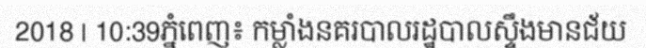
2018 | 10:39ភ្នំពេញ៖ កម្លាំងនគរបាលរដ្ឋបាលស្ទឹងមានជ័យ